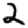
Digit: 2